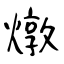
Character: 燉